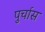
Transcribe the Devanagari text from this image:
पुर्चास